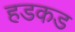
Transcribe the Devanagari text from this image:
हडकड